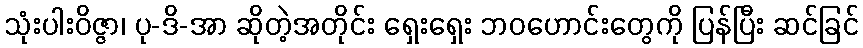
သုံးပါးဝိဇ္ဇာ၊ ပု-ဒိ-အာ ဆိုတဲ့အတိုင်း ရှေးရှေး ဘဝဟောင်းတွေကို ပြန်ပြီး ဆင်ခြင်